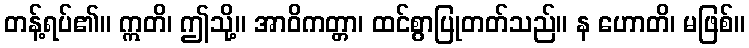
တန့်ရပ်၏။ ဣတိ၊ ဤသို့။ အာဝိကတ္တာ၊ ထင်စွာပြုတတ်သည်။ န ဟောတိ၊ မဖြစ်။